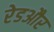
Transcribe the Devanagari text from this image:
रेडऔर